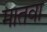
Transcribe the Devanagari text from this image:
मातवा